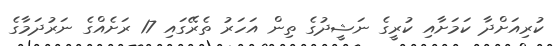
ކުރިއަށްދާ ކަމަށާއި ކުރީގެ ނަޝީދުގެ ތިން އަހަރު ތެރޭގައި 17 ރަށެއްގެ ނަރުދަމާގެ